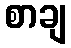
စာချ